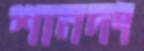
শানদং